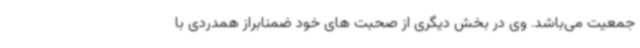
جمعیت می‌باشد. وی در بخش دیگری از صحبت های خود ضمنابراز همدردی با